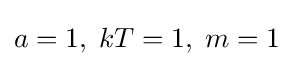
a=1,\;kT=1,\;m=1